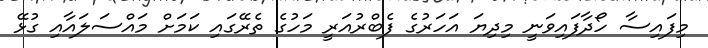
މިފައިސާ ހޯދާފައިވަނީ މިދިޔަ އަހަރުގެ ފެބްރުއަރީ މަހުގެ ތެރޭގައި ކަމަށް މައްސަލައާއި ގުޅޭ